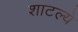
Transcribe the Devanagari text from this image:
शाटल्ये